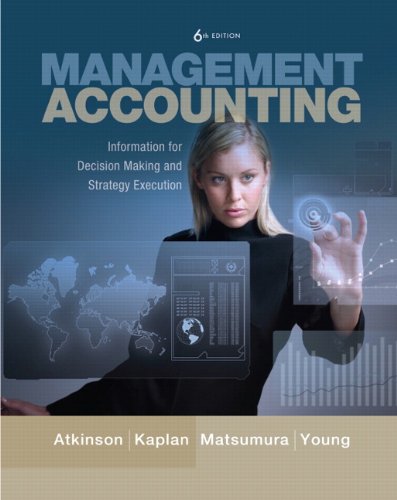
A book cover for Management Accounting: Information for Decision-Making and Strategy Execution (6th Edition); Anthony A. Atkinson; Business & Money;